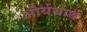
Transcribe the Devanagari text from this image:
और्यथार्थ